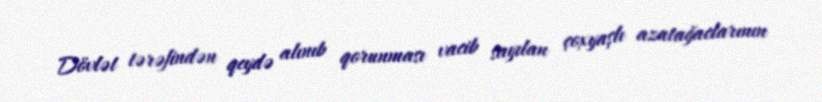
Dövlət tərəfindən qeydə alınıb qorunması vacib sayılan çoxyaşlı azatağaclarının